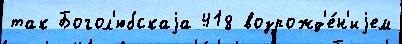
так Богол'юбскаjа 418 возрожд'е́н'иjем